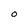
Character: O